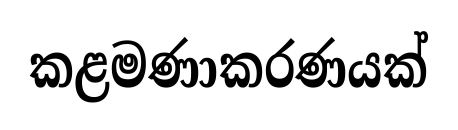
කළමණාකරණයක්